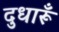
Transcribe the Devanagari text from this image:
दुधारूँ